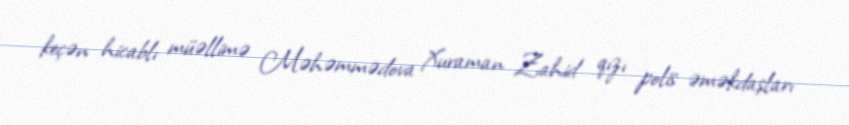
keçən hicablı müəllimə Məhəmmədova Xuraman Zahid qızı polis əməkdaşları